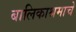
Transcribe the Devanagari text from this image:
बालिकाश्रमाचे